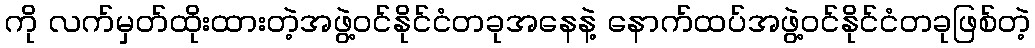
ကို လက်မှတ်ထိုးထားတဲ့အဖွဲ့ဝင်နိုင်ငံတခုအနေနဲ့ နောက်ထပ်အဖွဲ့ဝင်နိုင်ငံတခုဖြစ်တဲ့